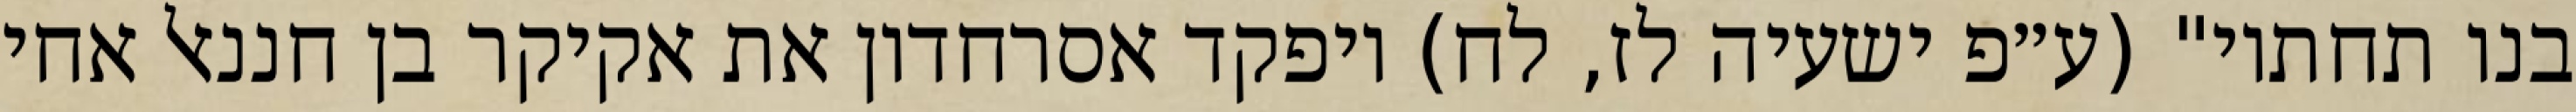
בנו תחתיו" (ע״פ ישעיה לז, לח) ויפקד אסרחדון את אקיקר בן חננאל אחי